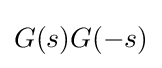
G(s)G(-s)